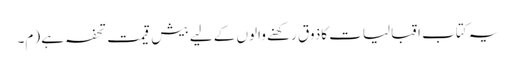
یہ کتاب اقبالیات کاذوق رکھنے والوں کے لیے بیش قیمت تحفہ ہے (م۔